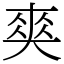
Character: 𠁊